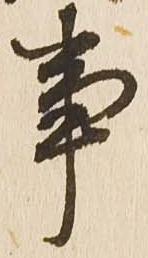
事